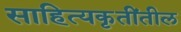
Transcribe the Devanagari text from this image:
साहित्यकृतींतील